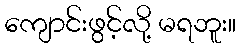
ကျောင်းဖွင့်လို့ မရဘူး။